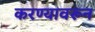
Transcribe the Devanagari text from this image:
करण्यावरून